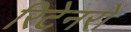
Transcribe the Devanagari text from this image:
रिटेनरों